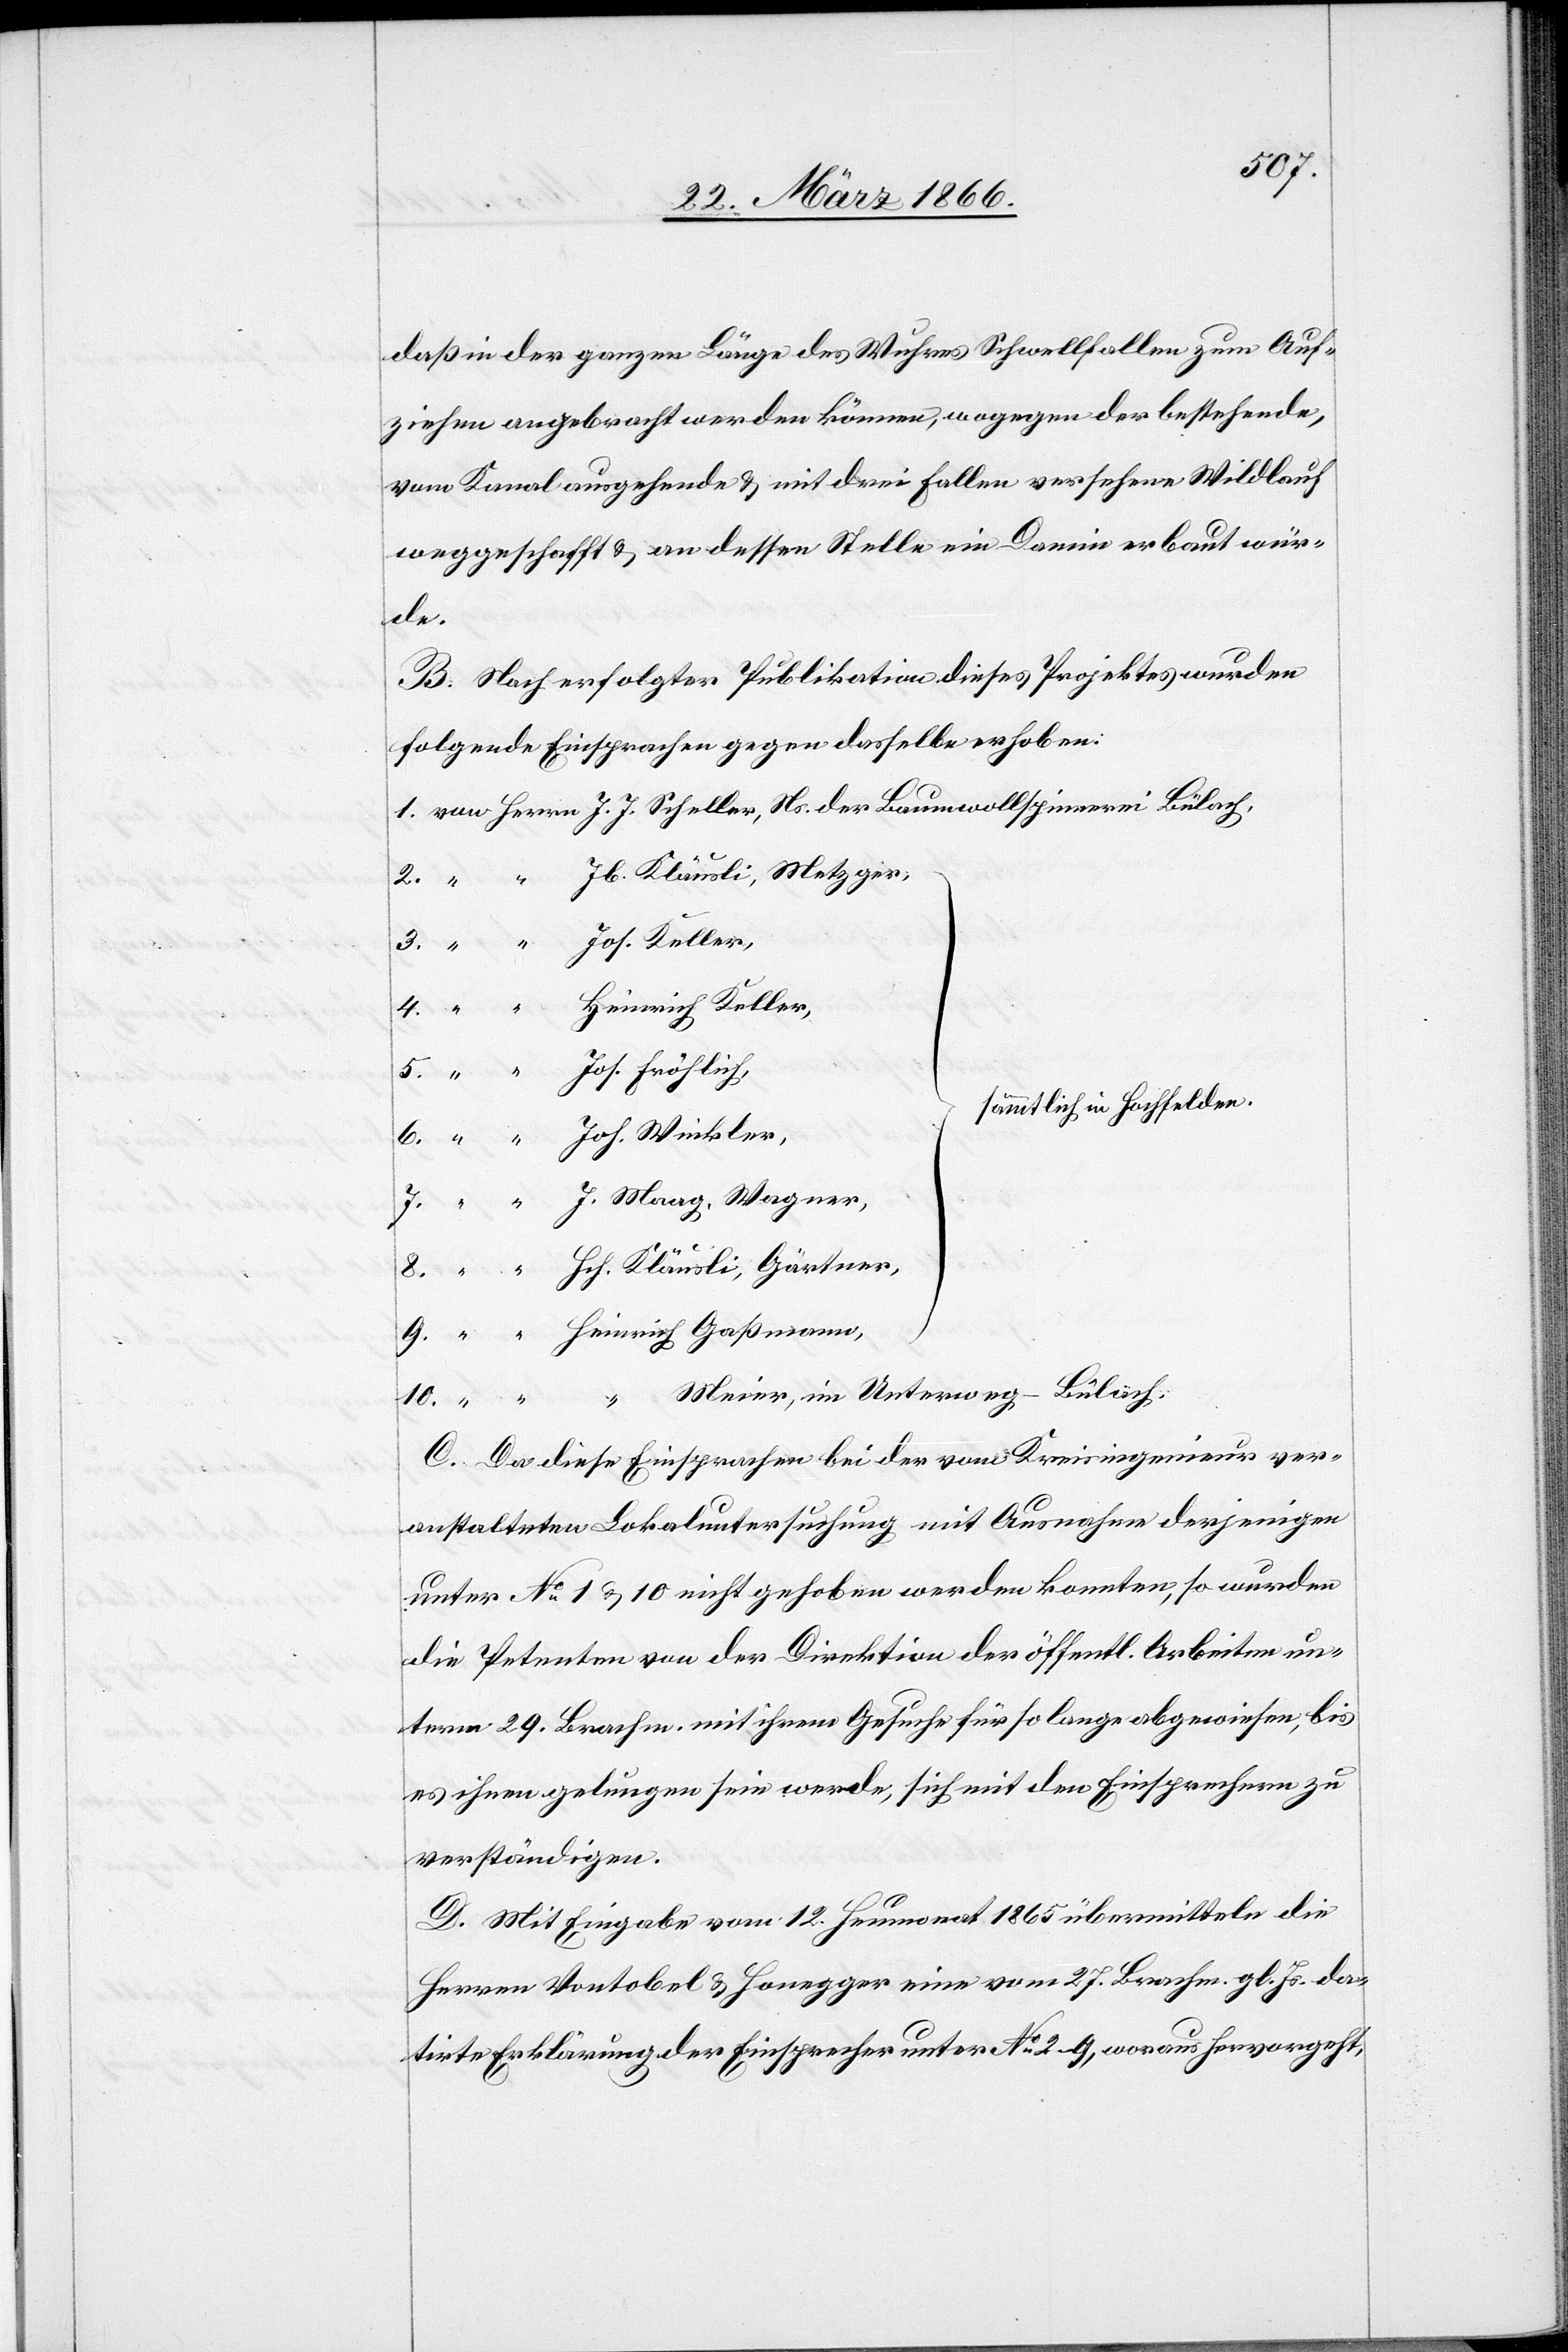
5.
daß in der ganzen Länge des Wuhres Schwellfallen zum Auf¬
ziehen angebracht werden können, wogegen der bestehende,
vom Kanal ausgehende u. mit drei Fallen versehene Wildlauf
weggeschafft u. an dessen Stelle ein Damm erbaut wür¬
der
B. Nach erfolgter Publikation dieses Projektes wurden
folgende Einsprachen gegen dasselbe erhoben:
sämmtlich in Hochfelden.
“ Meier, in Unterweg–Bülach
C. Da diese Einsprachen bei der vom Kreisingenieur ver¬
anstalteten Lokaluntersuchung mit Ausnahme derjenigen
unter No. 1 u. 10 nicht gehoben werden konnten, so wurden
die Petenten von der Direktion der öffentl. Arbeiten un¬
term 29. Brachm. mit ihrem Gesuche für so lange abgewiesen, bis
es ihnen gelungen sein werde, sich mit den Einsprechenden zu
verständigen.
10.
D. Mit Eingabe vom 12. Heumonat 1865 übermitteln die
Herren Vontobel u. Honegger eine vom 27. Brachm. gl. Js. da¬
tirte Erklärung der Einsprecher unter No. 2–9, woraus hervorgeht,